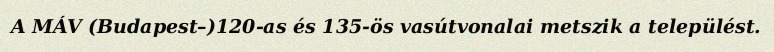
A MÁV (Budapest–)120-as és 135-ös vasútvonalai metszik a települést.